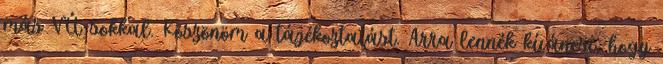
más VÚ-sokkal. Köszönöm a tájékoztatást. Arra lennék kíváncsi, hogy